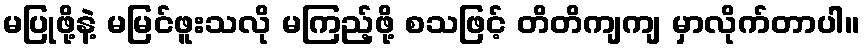
မပြုဖို့နဲ့ မမြင်ဖူးသလို မကြည့်ဖို့ စသဖြင့် တိတိကျကျ မှာလိုက်တာပါ။